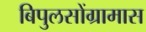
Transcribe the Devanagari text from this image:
बिपुलसोंग्रामास